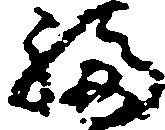
福